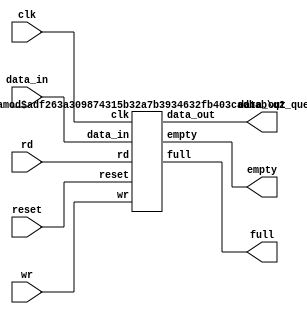
module queue(clk,reset,data_in,wr,rd,data_out,full,empty); 
 parameter WIDTH = 8;
  parameter LENGTH = 16;
  
function integer log2;
 input integer num;
 begin
 log2 = 0;
 for(log2=0;num>0;log2 = log2 + 1) begin
 num = num>>1;
 end
 end
endfunction

  
  localparam ADDR_WIDTH = log2(LENGTH)-1;

  
 input wire clk;
   input wire reset;
   input wire [WIDTH-1:0] data_in;
   input wire wr;
   input wire rd;
   output [WIDTH-1:0] data_out;
   output wire full;
   output wire empty;
  
  /*wire count;
   reg [ADDR_WIDTH:0] full_indicator;  //N
  
  reg [ADDR_WIDTH-1:0] wr_ptr; // N-1
  reg [ADDR_WIDTH-1:0] rd_ptr; // N-1
 
  reg[WIDTH-1:0] mem[LENGTH-1:0]; */
 
  
 generate
    if (LENGTH ==0)
     q1_queue #(WIDTH,LENGTH)q1(clk,reset,data_in,wr,rd,data_out,full,empty); 
    else
     q2_queue #(WIDTH,LENGTH)q2(clk,reset,data_in,wr,rd,data_out,full,empty);
    endgenerate
 endmodule 

module q1_queue(clk,reset,data_in,wr,rd,data_out,full,empty);
    parameter WIDTH = 8;
  parameter LENGTH = 16;
  
    
    input wire clk;
   input wire reset;
   input wire [WIDTH-1:0] data_in;
   input wire wr;
   input wire rd;
   output reg [WIDTH-1:0] data_out;
   output wire full;
   output wire empty;
  
  
   
   assign full = 1'b0;
   assign empty = 1'b0;
   assign data_in = data_out;
 endmodule
  

module q2_queue(clk,reset,data_in,wr,rd,data_out,full,empty); 
 
  parameter WIDTH = 8;
  parameter LENGTH = 16;
  
function integer log2;
 input integer num;
 begin
 log2 = 0;
 for(log2=0;num>0;log2 = log2 + 1) begin
 num = num>>1;
 end
 end
endfunction

  
  localparam ADDR_WIDTH = log2(LENGTH)-1;
  
   
   input wire clk;
   input wire reset;
   input wire [WIDTH-1:0] data_in;
   input wire wr;
   input wire rd;
   output reg [WIDTH-1:0] data_out;
   output wire full;
   output wire empty;
   wire count;
   reg [ADDR_WIDTH:0] full_indicator;  //N
  
  reg [ADDR_WIDTH-1:0] wr_ptr; // N-1
  reg [ADDR_WIDTH-1:0] rd_ptr; // N-1
 
  reg[WIDTH-1:0] mem[LENGTH-1:0];
 
  assign full = (full_indicator == LENGTH);
  assign empty = (full_indicator == 8'b0);
  
  
   
  always @(posedge clk)
  begin
//  if(count)1
 //   data_out <= data_in;
     if (reset) 
      begin
        wr_ptr <= 8'b0;
        rd_ptr <= 8'b0;
        full_indicator <= 8'b0;
      end
    else
      begin
        case ({rd, wr})
          2'b00: // nothing
            begin
              full_indicator <= full_indicator;
            end
          2'b01: // write
            begin
              if  (full_indicator < LENGTH)
                begin
                  full_indicator <= full_indicator + 1;
                  mem[wr_ptr] <= data_in;
                  wr_ptr <= wr_ptr + 1;
                end
            end
          2'b10: // read
            begin
              if (full_indicator > 0)
                begin
                  data_out <= mem[rd_ptr];
                  full_indicator <= full_indicator - 1;
                  rd_ptr <= rd_ptr + 1;
                end
            end
          2'b11: // read+write
            begin
              wr_ptr <= wr_ptr + 1;
              rd_ptr <= rd_ptr + 1;
              data_out <= mem[rd_ptr];
              mem[wr_ptr] <= data_in;
              full_indicator <= full_indicator;
            end
        endcase
/*        if (wr_ptr >= LENGTH)
          wr_ptr <= 0;
          if(rd_ptr >= LENGTH)
            rd_ptr <= 0; */
            
      end
      end
endmodule


`timescale 1ns/100ps 
module t_queue;
  parameter B= 8; // bit width
  parameter LENGTH = 16; 
  reg [20:0] i;
  reg clk;
  reg reset;
  reg rd;
  reg wr;
  reg [B-1:0] data_in;
  wire [B-1:0] data_out;
  wire full;
  wire empty;
  reg [20:0] n;
//  wire qu_full;
 // wire qu_empty;
  //integer tail;
  
  
//assign qu_full = (tail == LENGTH);
//assign qu_empty = (tail == 0);

/*task CHECK();
begin
if(qu_full == full)
tail = tail;
else if( wr=1 && rd=0)
tail = tail + 1;  
end

begin
if(qu_empty == empty)
 */

  task WRITE(input [B-1:0] value);
    begin
      clk = 1'b0;
      wr = 1;
      rd = 0;
      data_in = value;
      #5 clk = 1'b1;
      #5 clk = 1'b0;
      wr = 0;
    end
  endtask
 
  task READ();
    begin
      clk = 1'b0;
      rd = 1;
      wr = 0;
      #5 clk = 1'b1;
      #5 clk = 1'b0;
         rd  = 0;
    end
  endtask
 
  task WRITEREAD(input [B-1:0] value);
    begin
      clk = 1'b0;
      wr = 1;
      rd = 1;
      data_in = value;
      #5 clk = 1'b1;
      #5 clk = 1'b0;
         rd = 0;
         wr = 0;
    end
  endtask
 
  task IDLE();
    begin
      #5 clk = 1'b1;
      #5 clk = 1'b0;
    end
  endtask
 
  queue queue_unit(.clk(clk), .reset(reset), .rd(rd), .wr(wr), .data_in(data_in), .data_out(data_out), .full(full), .empty(empty));
 
  /* FSM1 */
  initial begin
    clk=0;
    reset=1;
    rd=0;
    wr=0;
    data_in=0;
    //r_data=0;
    $dumpfile("t_queue");
    $dumpvars;
 
    #5 clk<=1'b1;
    #5 clk<=1'b0;
       reset<=1'b0;
    #10000 $finish;
  end
 
  /* CASE 1: OVERFLOW: */
  initial begin // WRITING
    #10
    for (i=0; i<260; i=i+1)
    begin
      WRITE(i);
    end
 
    for (i=15; i<255; i=i+1)
    begin
      WRITEREAD(i);
    end
 
    for (i=32; i<64; i=i+1)
    begin
      READ();
    end
  end
endmodule